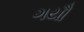
ગયૌ